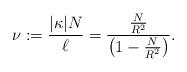
LaTeX: \begin{align*}\nu:=\frac{|\kappa| N}{\ell}=\frac{\frac{N}{R^{2}}}{\left(1-\frac{N}{R^{2}} \right)}.\end{align*}